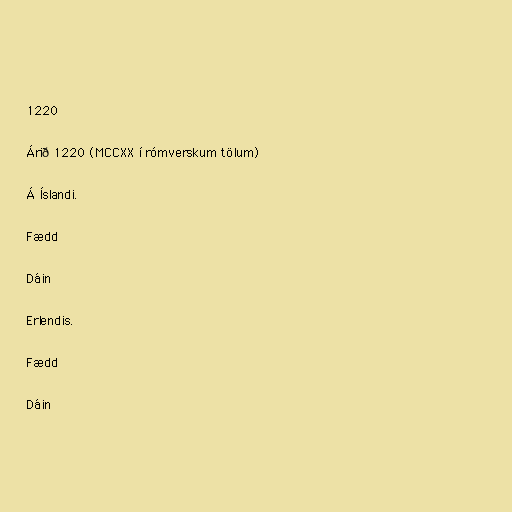
1220

Árið 1220 (MCCXX í rómverskum tölum)

Á Íslandi.

Fædd

Dáin

Erlendis.

Fædd

Dáin